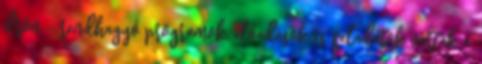
drón – rendhagyó programok, előadások és feladatok várták a